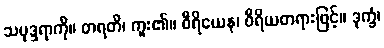
သမုဒ္ဒရာကို။ တရတိ၊ ကူး၏။ ဝီရိယေန၊ ဝီရိယတရားဖြင့်။ ဒုက္ခံ၊